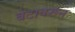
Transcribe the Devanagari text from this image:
बेटावरून